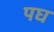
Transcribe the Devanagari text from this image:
पघ